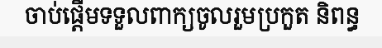
ចាប់ផ្តើមទទួលពាក្យចូលរួមប្រកួត និពន្ធ